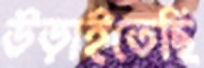
উড়াইতেছি